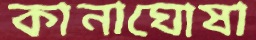
কানাঘোষা